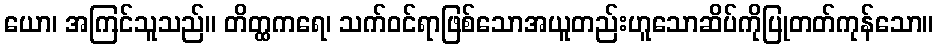
ယော၊ အကြင်သူသည်။ တိတ္ထကရေ၊ သက်ဝင်ရာဖြစ်သောအယူတည်းဟူသောဆိပ်ကိုပြုတတ်ကုန်သော။